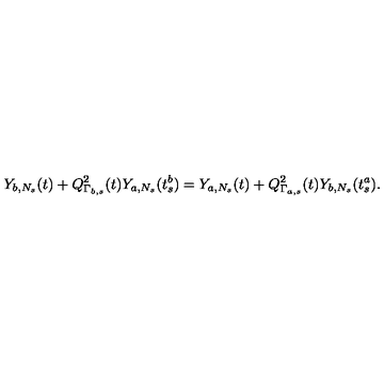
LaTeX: Y _ { b , N _ { s } } ( t ) + Q _ { \Gamma _ { b , s } } ^ { 2 } ( t ) Y _ { a , N _ { s } } ( t _ { s } ^ { b } ) = Y _ { a , N _ { s } } ( t ) + Q _ { \Gamma _ { a , s } } ^ { 2 } ( t ) Y _ { b , N _ { s } } ( t _ { s } ^ { a } ) .